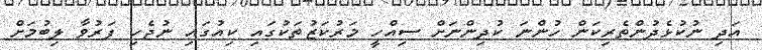
އަދި ނުކުޅެދުންތެރިކަން ހުންނަ ކުދިންނަށް ސިއްހީ މަރުކަޒުތަކުގައި ކިއުގައި ނުޖެހި ފަރުވާ ލިބުމަށް